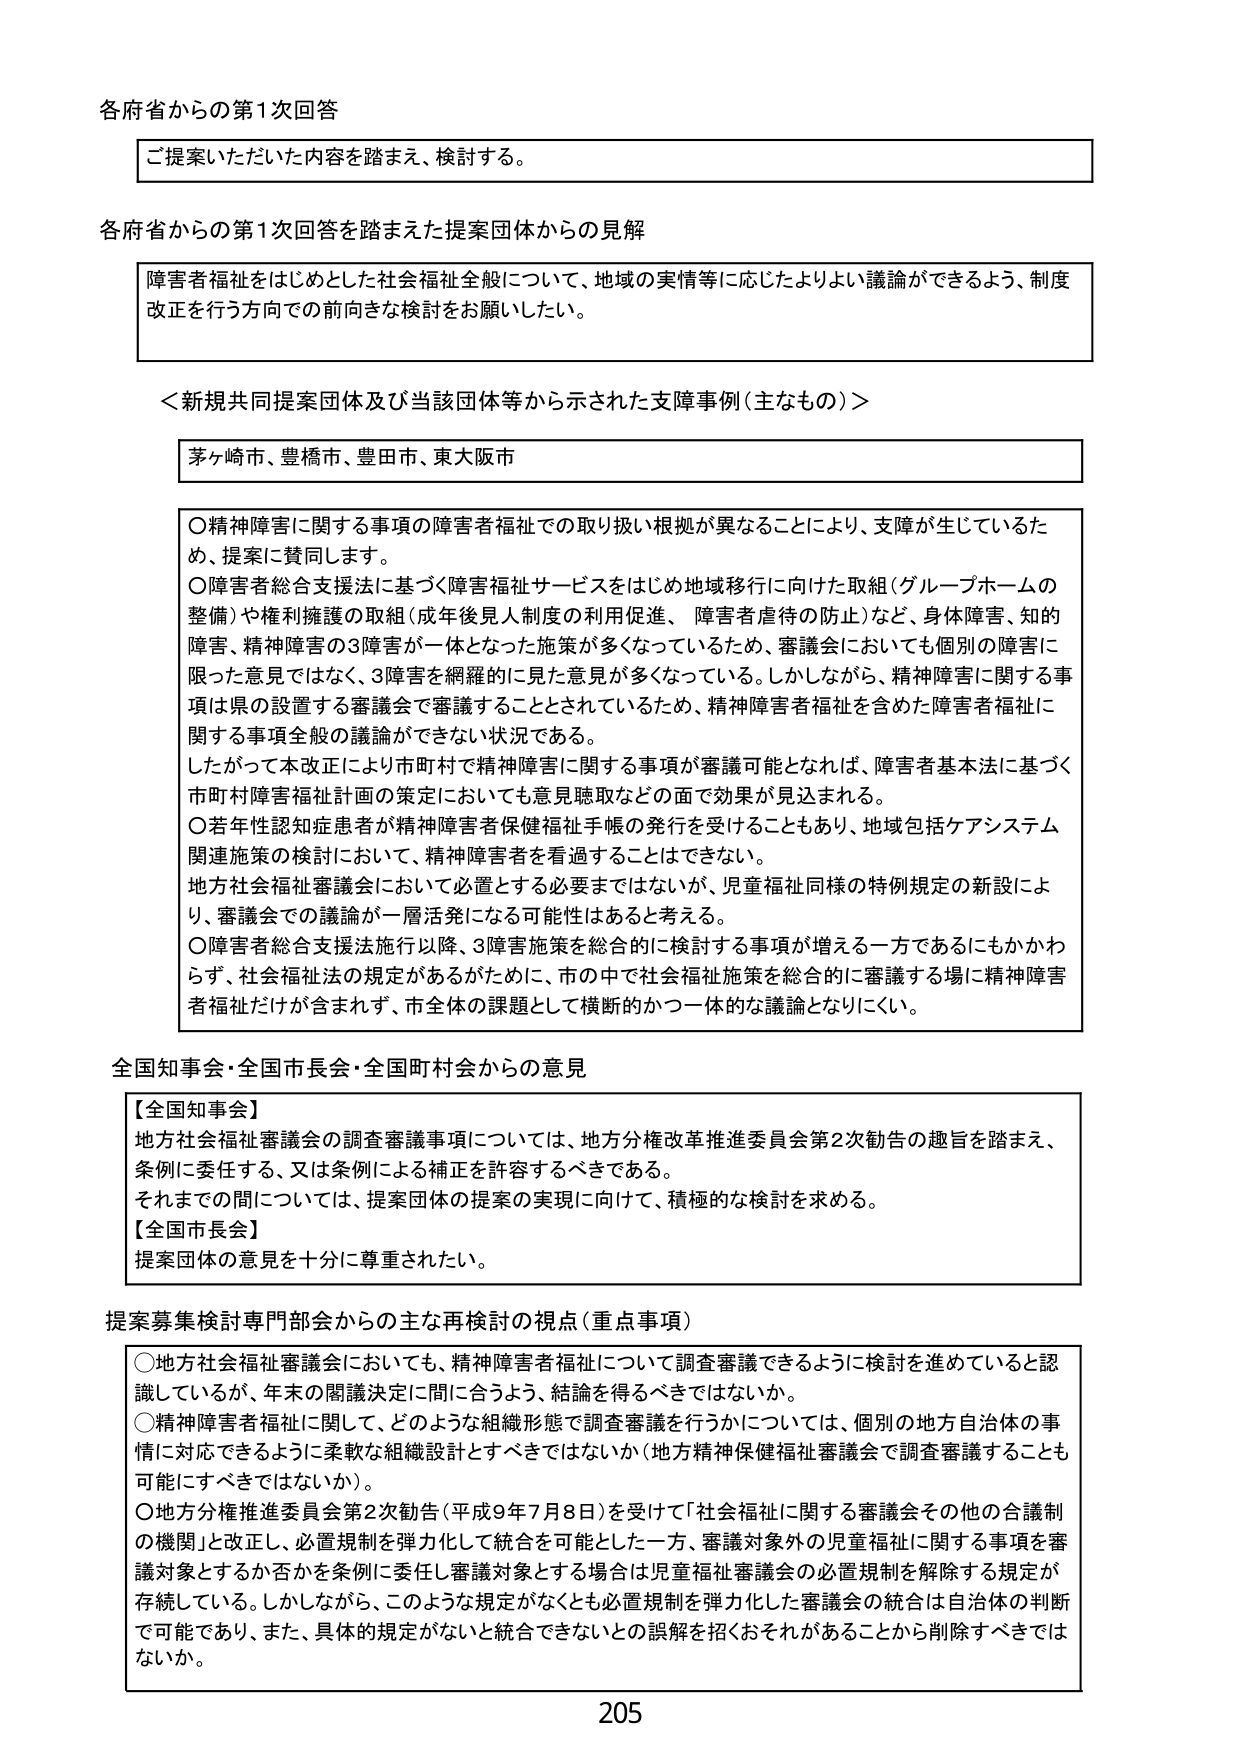
各府省からの第1次回答

ご提案いただいた内容を踏まえ、検討する。

各府省からの第1次回答を踏まえた提案団体からの見解

障害者福祉をはじめとした社会福祉全般について、地域の実情等に応じたよりよい議論ができるよう、制度改正を行う方向での前向きな検討をお願いしたい。

＜新規共同提案団体及び当該団体等から示された支障事例（主なもの）＞

茅ヶ崎市、豊橋市、豊田市、東大阪市

○精神障害に関する事項の障害者福祉での取り扱い根拠が異なることにより、支障が生じているため、提案に賛同します。
○障害者総合支援法に基づく障害福祉サービスをはじめ地域移行に向けた取組（グループホームの整備）や権利擁護の取組（成年後見人制度の利用促進、障害者虐待の防止）など、身体障害、知的障害、精神障害の3障害が一体となった施策が多くなっているため、審議会においても個別の障害に限った意見ではなく、3障害を網羅的に見た意見が多くなっている。しかしながら、精神障害に関する事項は県の設置する審議会で審議することとされているため、精神障害者福祉を含めた障害者福祉に関する事項全般の議論ができない状況である。
したがって本改正により市町村で精神障害に関する事項が審議可能となれば、障害者基本法に基づく市町村精神福祉計画の策定においても意見聴取などの面で効果が見込まれる。
○若年性認知症患者が精神障害者保健福祉手帳の発行を受けることもあり、地域包括ケアシステム関連施策の検討において、精神障害者を看過することはできない。
地方社会福祉審議会において必置とする必要まではないが、児童福祉同様の特例規定の新設により、審議会での議論が一層活発になる可能性はあると考える。
○障害者総合支援法施行以降、3障害施策を総合的に検討する事項が増える一方であるにもかかわらず、社会福祉法の規定があるがために、市の中で社会福祉施策を総合的に審議する場に精神障害者福祉だけが含まれず、市全体の課題として横断的かつ一体的な議論となりにくい。

全国知事会・全国市長会・全国町村会からの意見

【全国知事会】
地方社会福祉審議会の調査審議事項については、地方分権改革推進委員会第2次勧告の趣旨を踏まえ、条例に委任する、又は条例による補正を許容するべきである。
それまでの間については、提案団体の提案の実現に向けて、積極的な検討を求める。
【全国市長会】
提案団体の意見を十分に尊重されたい。

提案募集検討専門部会からの主な再検討の視点（重点事項）

○地方社会福祉審議会においても、精神障害者福祉について調査審議できるように検討を進めていると認識しているが、年末の関議決定に間に合うよう、結論を得るべきではないか。
○精神障害者福祉に関して、どのような組織形態で調査審議を行うかについては、個別の地方自治体の事情に対応できるように柔軟な組織設計とすべきではないか（地方精神保健福祉審議会で調査審議することも可能にすべきではないか）。
○地方分権推進委員会第2次勧告（平成9年7月8日）を受けて「社会福祉に関する審議会その他の合議制の機関」と改正し、必置規制を弾力化して統合を可能とした一方、審議対象外の児童福祉に関する事項を審議対象とするか否かを条例に委任し審議対象とする場合は児童福祉審議会の必置規制を解除する規定が存続している。しかしながら、このような規定がなくとも必置規制を弾力化した審議会の統合は自治体の判断で可能であり、また、具体的規定がないと統合できないとの誤解を招くおそれがあることから削除すべきではないか。

205